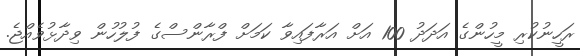
ރަހީނުކުރި މީހުންގެ އަދަދު 100 އަށް އަަރާފައިވާ ކަމަށް ފްރާންސްގެ ފުލުހުން ވިދާޅުވެއްޖެ.